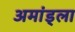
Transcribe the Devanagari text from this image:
अमांड्ला